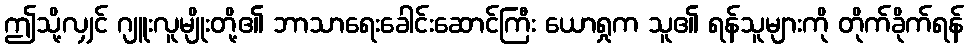
ဤသို့လျှင် ဂျူးလူမျိုးတို့၏ ဘာသာရေးခေါင်းဆောင်ကြီး ယောရှုက သူ၏ ရန်သူများကို တိုက်ခိုက်ရန်